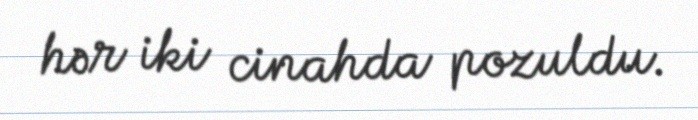
hər iki cinahda pozuldu.